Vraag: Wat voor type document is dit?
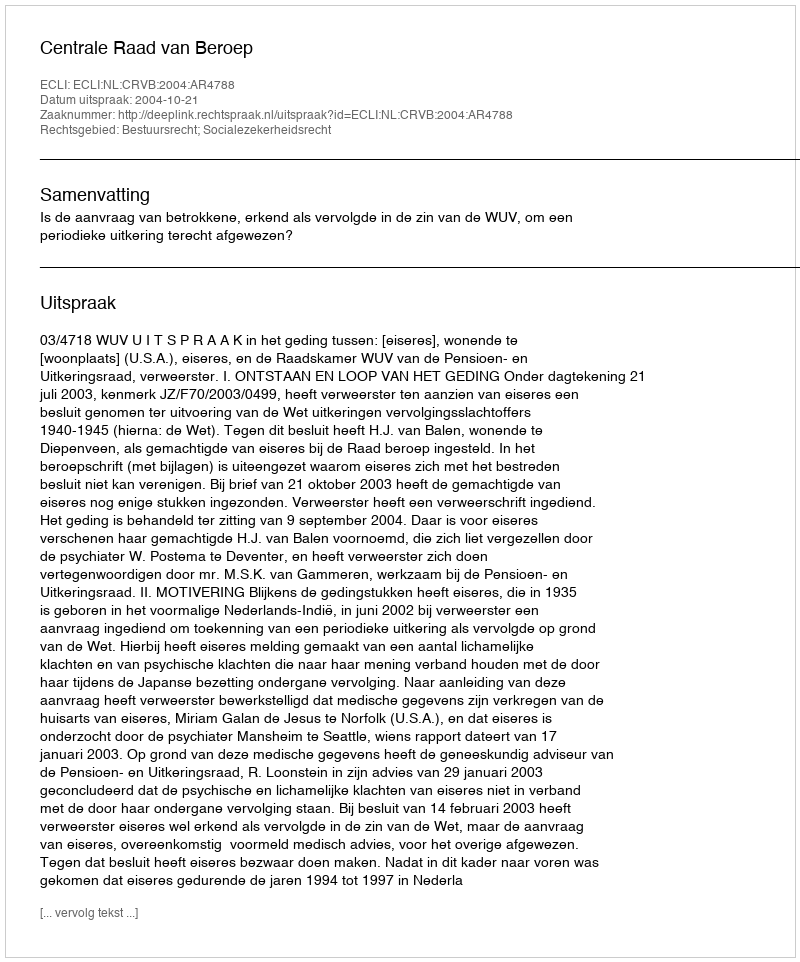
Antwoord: Uitspraak